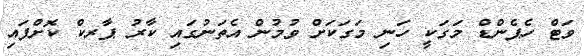
ވަޓް ހެޕެންޑް މަގަކީ ހަނި މަގަކަށް ވުމުން އެތަނުގައި ކާރު ޕާރކް ކޮށްފައި